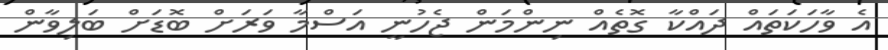
އެ ވާހަކަތައް ދައްކާ ގޮތެއް ނިންމަން ޖެހުނީ އަސްމާ ވަރަށް ބޮޑަށް ބަލިވާން